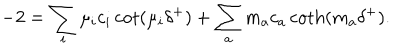
- 2 = \sum _ { i } \mu _ { i } c _ { i } \cot ( \mu _ { i } \delta ^ { + } ) + \sum _ { a } m _ { a } c _ { a } \coth ( m _ { a } \delta ^ { + } ) .